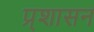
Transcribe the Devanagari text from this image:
प्र्शासन